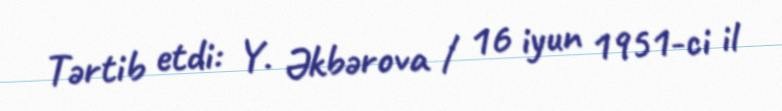
Tərtib etdi: Y. Əkbərova / 16 iyun 1951-ci il